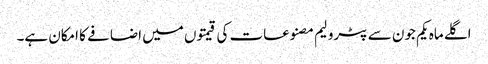
اگلے ماہ یکم جون سے پٹرولیم مصنوعات کی قیمتوں میں اضافے کا امکان ہے۔